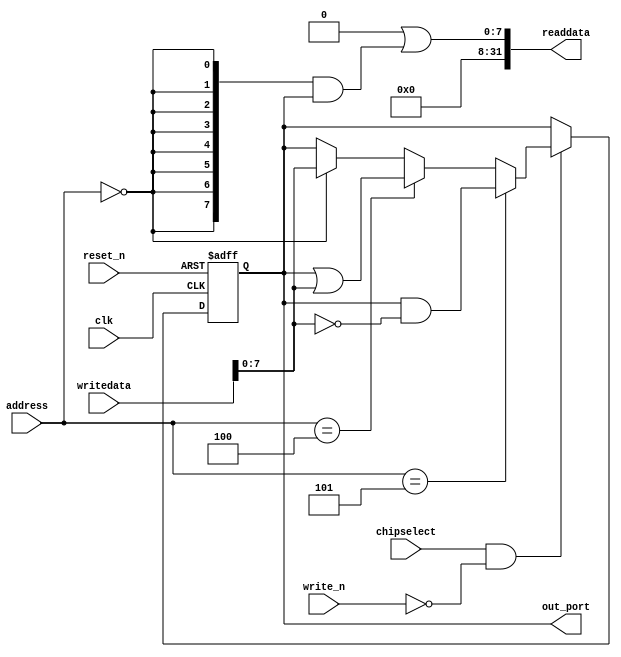
module nios_dut_pio_3 (
                        // inputs:
                         address,
                         chipselect,
                         clk,
                         reset_n,
                         write_n,
                         writedata,

                        // outputs:
                         out_port,
                         readdata
                      )
;

  output  [  7: 0] out_port;
  output  [ 31: 0] readdata;
  input   [  2: 0] address;
  input            chipselect;
  input            clk;
  input            reset_n;
  input            write_n;
  input   [ 31: 0] writedata;

  wire             clk_en;
  reg     [  7: 0] data_out;
  wire    [  7: 0] out_port;
  wire    [  7: 0] read_mux_out;
  wire    [ 31: 0] readdata;
  wire             wr_strobe;
  assign clk_en = 1;
  //s1, which is an e_avalon_slave
  assign read_mux_out = {8 {(address == 0)}} & data_out;
  assign wr_strobe = chipselect && ~write_n;
  always @(posedge clk or negedge reset_n)
    begin
      if (reset_n == 0)
          data_out <= 0;
      else if (clk_en)
          if (wr_strobe)
              data_out <= (address == 5)? data_out & ~writedata[7 : 0]: (address == 4)? data_out | writedata[7 : 0]: (address == 0)? writedata[7 : 0]: data_out;
    end


  assign readdata = {32'b0 | read_mux_out};
  assign out_port = data_out;

endmodule